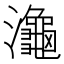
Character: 𪷾